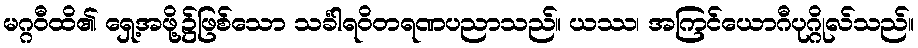
မဂ္ဂဝီထိ၏ ရှေ့အဖို့၌ဖြစ်သော သင်္ခါရဝိတရဏပညာသည်။ ယဿ၊ အကြင်ယောဂီပုဂ္ဂိုလ်သည်။